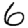
Digit: 6